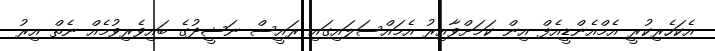
އެކަހެރިކުރީ އެމްއެންޑީއެފް އިން ކަމަށްވާއިރު އެމައްސަލައިގައި ރައީސް ނަޝީދުގެ ބައިވެރިވުމެއް ނެތް އިރު